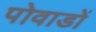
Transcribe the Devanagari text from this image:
पोवाडों